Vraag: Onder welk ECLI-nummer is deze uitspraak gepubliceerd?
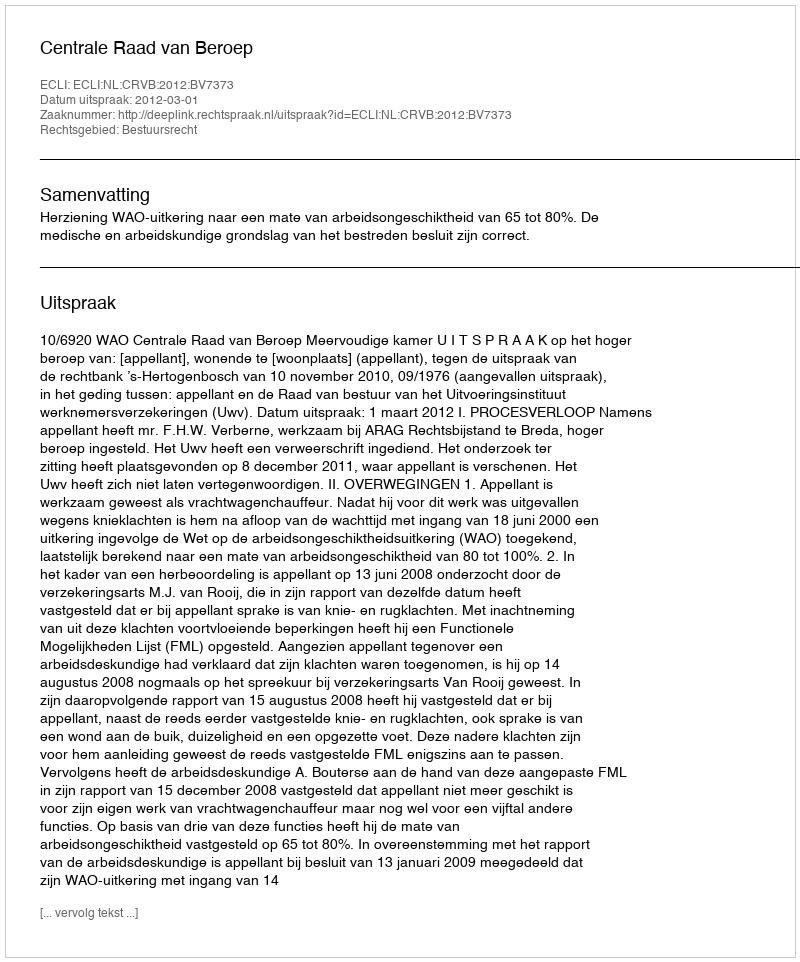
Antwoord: ECLI:NL:CRVB:2012:BV7373